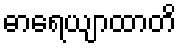
ဓာရေယျာထာတိ